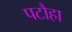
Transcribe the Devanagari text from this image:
पटौहा